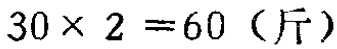
\(30\times 2 = 60 \ (\text{斤})\)